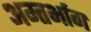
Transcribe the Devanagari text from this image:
अम्तर्भाग